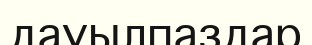
дауылпаздар